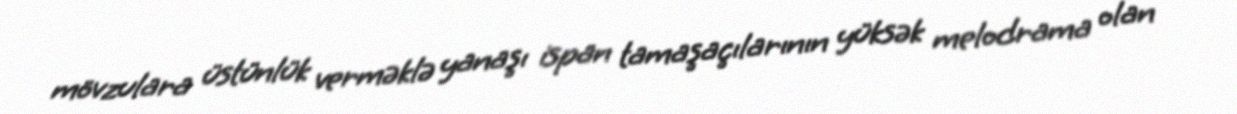
mövzulara üstünlük verməklə yanaşı ispan tamaşaçılarının yüksək melodrama olan